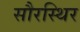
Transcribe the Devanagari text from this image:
सौरस्थिर